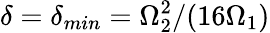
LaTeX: \delta=\delta_{min}=\Omega_{2}^{2}/(16\Omega_{1})